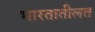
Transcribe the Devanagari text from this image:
भारतातीलत